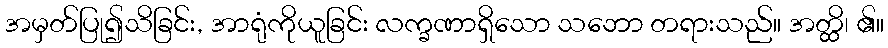
အမှတ်ပြု၍သိခြင်း, အာရုံကိုယူခြင်း လက္ခဏာရှိသော သဘော တရားသည်။ အတ္ထိ၊ ၏။